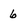
Character: 6